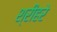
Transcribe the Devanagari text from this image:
श्रीहरे